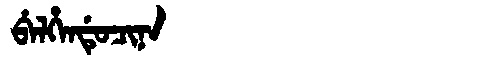
Manchu: ᠪᡝᠯᡥᡝᠨᡩᡠᠴᡳᠨᠠ
Romanization: BELHENDUCINA